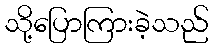
သို့ပြောကြားခဲ့သည်